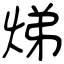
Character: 焍